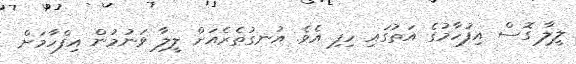
ލީލާ ގޮސް އިފުހާމުގެ އަތުގައި ހިފި އެވެ. އުނގުތެރެއަށް ލީލާ ވަނުމުން އިފްހާމަށް